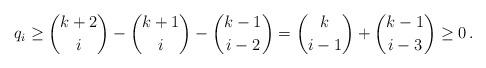
LaTeX: \begin{align*}q_i\ge \binom{k+2}{i}-\binom{k+1}{i}-\binom{k-1}{i-2}=\binom{k}{i-1}+\binom{k-1}{i-3}\ge 0\,.\end{align*}